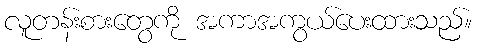
လူတန်းစားတွေကို အကာအကွယ်ပေးထားသည်။